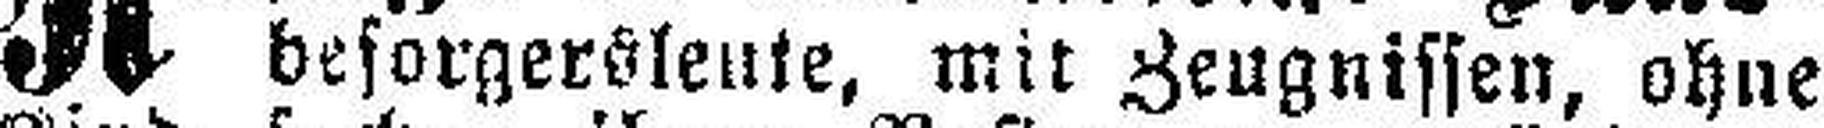
besorgersleute, mit Zeugnissen, ohne